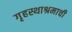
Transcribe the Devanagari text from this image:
गृहस्थाश्रमाची